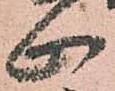
止